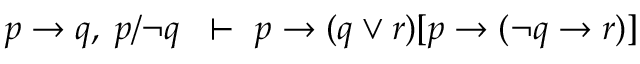
p \to q , \; p / \neg q \; \; \vdash \ p \to ( q \lor r ) [ p \to ( \neg q \to r ) ]